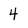
Character: 4